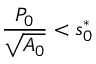
\frac { P _ { 0 } } { \sqrt { A _ { 0 } } } < s _ { 0 } ^ { { * } }